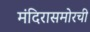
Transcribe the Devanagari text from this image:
मंदिरासमोरची